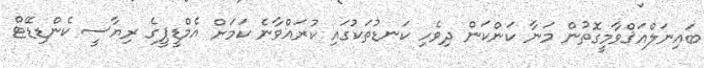
ބައިނަލްއަޤްވާމީގޮތުން މަނާ ކަންކަން ދިވެހި ކަނޑުތަކުގައި ކުރައްވާނެ ކަމަށް އެމްޑީޕީގެ ރިޔާސީ ކެންޑިޑޭޓް